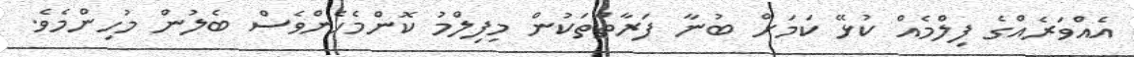
އެއްވަރެއްގެ ފިލްމެއް ކުޅޭ ކަމަށް ބުނާ ފަރާތްތަކުން މިފިލްމު ކޮންމެހެންވެސް ބެލުން މުހިންމެވެ.